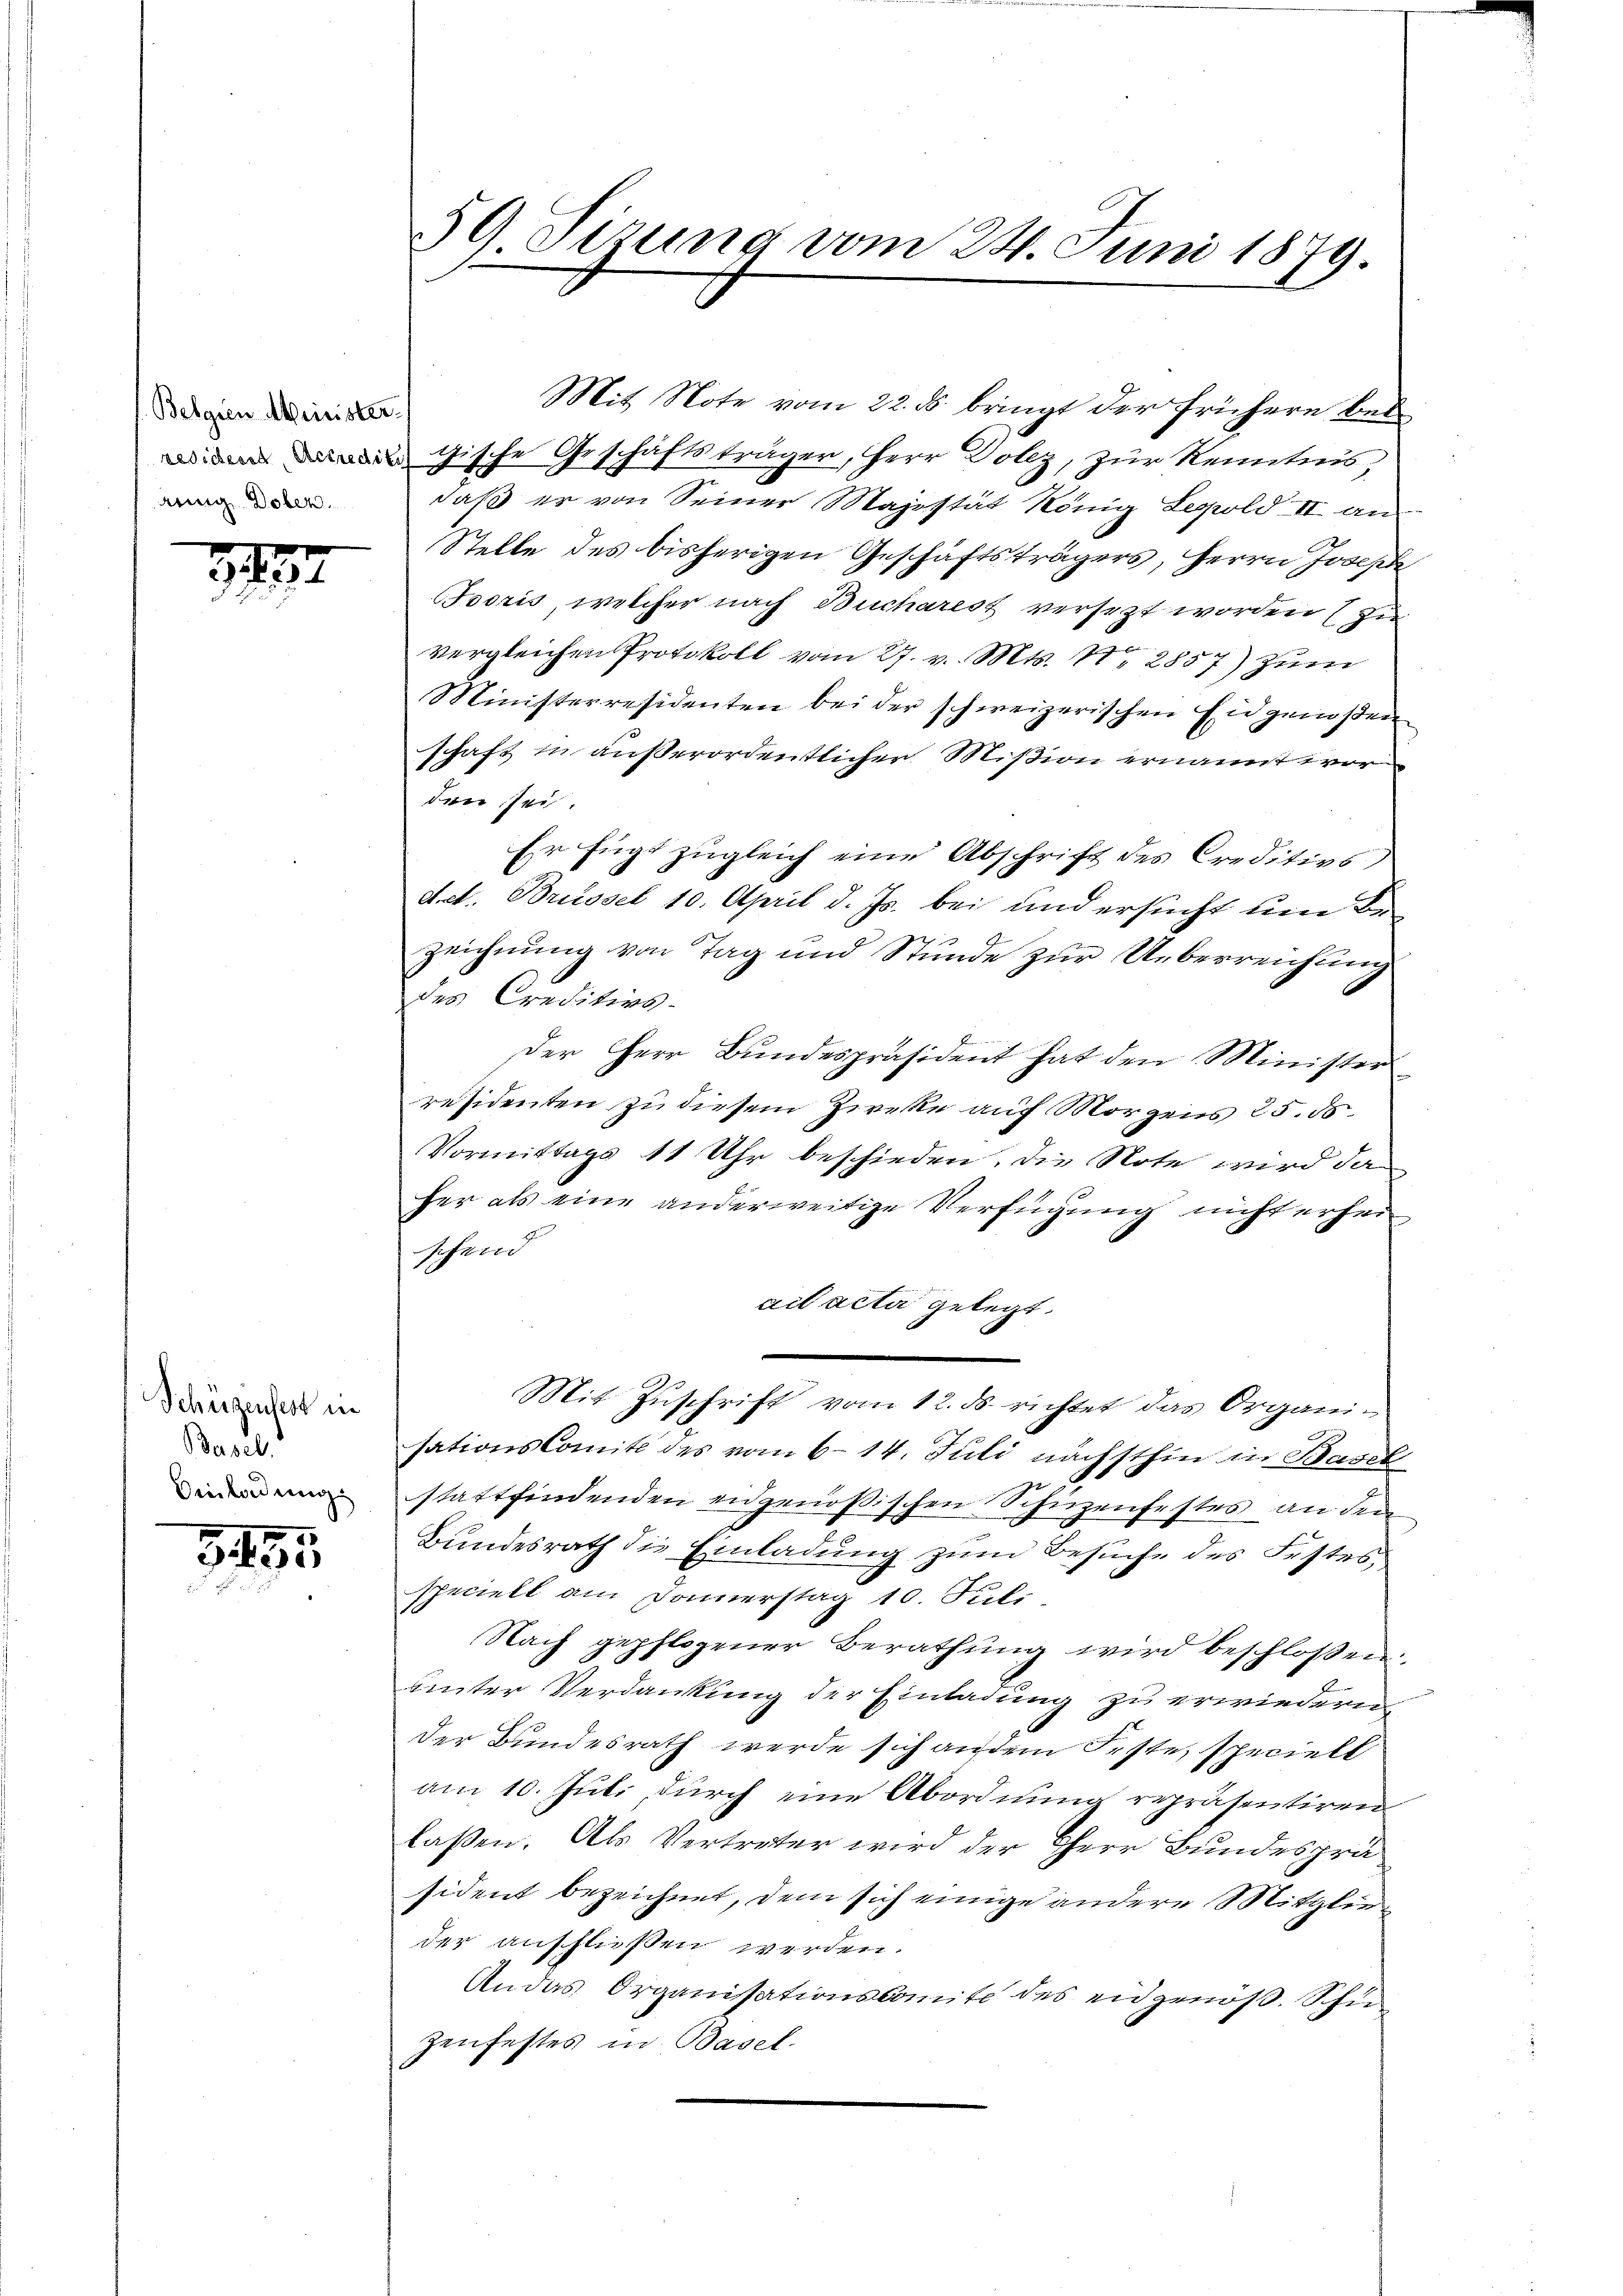
Belgien Minister
annig Dober.

2137

Schüzentest in
Basel
Einladung

3455

59 Sizung vom 24. Juni 1879.

Mit Note vom 22. ds. bringt der frühern bei
Gische Geschäftsträger, Herr Dolez, zur Kenntnis,
daß er von Seiner Majestät König Leopold II an
Stelle des bisherigen Geschäftsträgers, Herrn Joseph
ooris, welcher nach Bucharest versezt worden (zu
vergleichen Protokoll vom 27. v. Mts. N. 2857) zum
Ministerresidenten bei der schweizerischen Eidgenoßen
schaft in außerordentlicher Mission ernannt wor
den sei.
Er fügt zugleich eine Abschrift des Creditivs
d.ct. Brüssel 10. April d. Js. bei und ersucht um Bezeichnung von Tag und Stunde zur Ueberreichung
des Creditivs-
der Herr Bundespräsident hat den Minister
residenten zu diesem Zweke auf Morgens 25. 50
Vormittags 11 Uhr beschieden. Die Note wird da
her als eine anderweitige Verfügung nicht erhei
schend
ait acta gelegt.
Mit Zŭschrift vom 12. ds. richtet das Organis
sations Comité des vom 6.14. Juli nächsthin in Basel
stattfindenden eidgenößischen Schüzenfestes an den
Bundesrath die Einladung zum Besuche des Festes,
speciell am Donnerstag 10. Juli.
Nach gepflogener Berathung wird beschlossen
unter Verdankung der Einladung zu erwiedern,
der Bundesrath werde sich an dem Feste, specielt
am 10. Juli durch eine Abordnung repräsentiren
laßen. Als Vertreter wird der Herr Bundespräsident bezeichnet, dem sich einige andere Mitglieder anschließen werden.
An das Organisationskomite des eidgenöß. Schu
zenfestes in Basel.